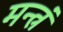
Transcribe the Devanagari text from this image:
मन्त्रं